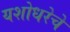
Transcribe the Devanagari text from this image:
यशोधरेचे